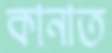
কানাত